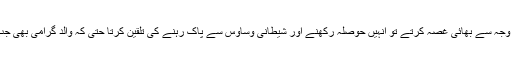
اپنے بہن بھائیوں سے ہمیشہ نرم مزاجی سے پیش آتا، اگر کسی وجہ سے بھائی غصہ کرتے تو انہیں حوصلہ رکھنے اور شیطانی وساوس سے پاک رہنے کی تلقین کرتا حتیٰ کہ والد گرامی بھی جب حالات سے پریشان ہو جاتے تو ان کی بھی دل جوئی کیا کرتا۔